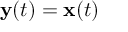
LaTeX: \mathbf { y } ( t ) = \mathbf { x } ( t )